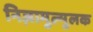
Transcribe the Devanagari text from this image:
निज़ामुल्मुलक